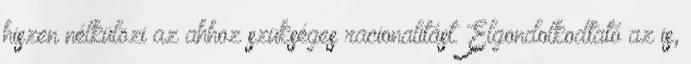
hiszen nélkülözi az ahhoz szükséges racionalitást. Elgondolkodtató az is,